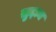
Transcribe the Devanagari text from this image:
ख़ुद्दाम